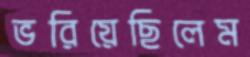
ভরিয়েছিলেম